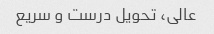
عالی، تحویل درست و سریع